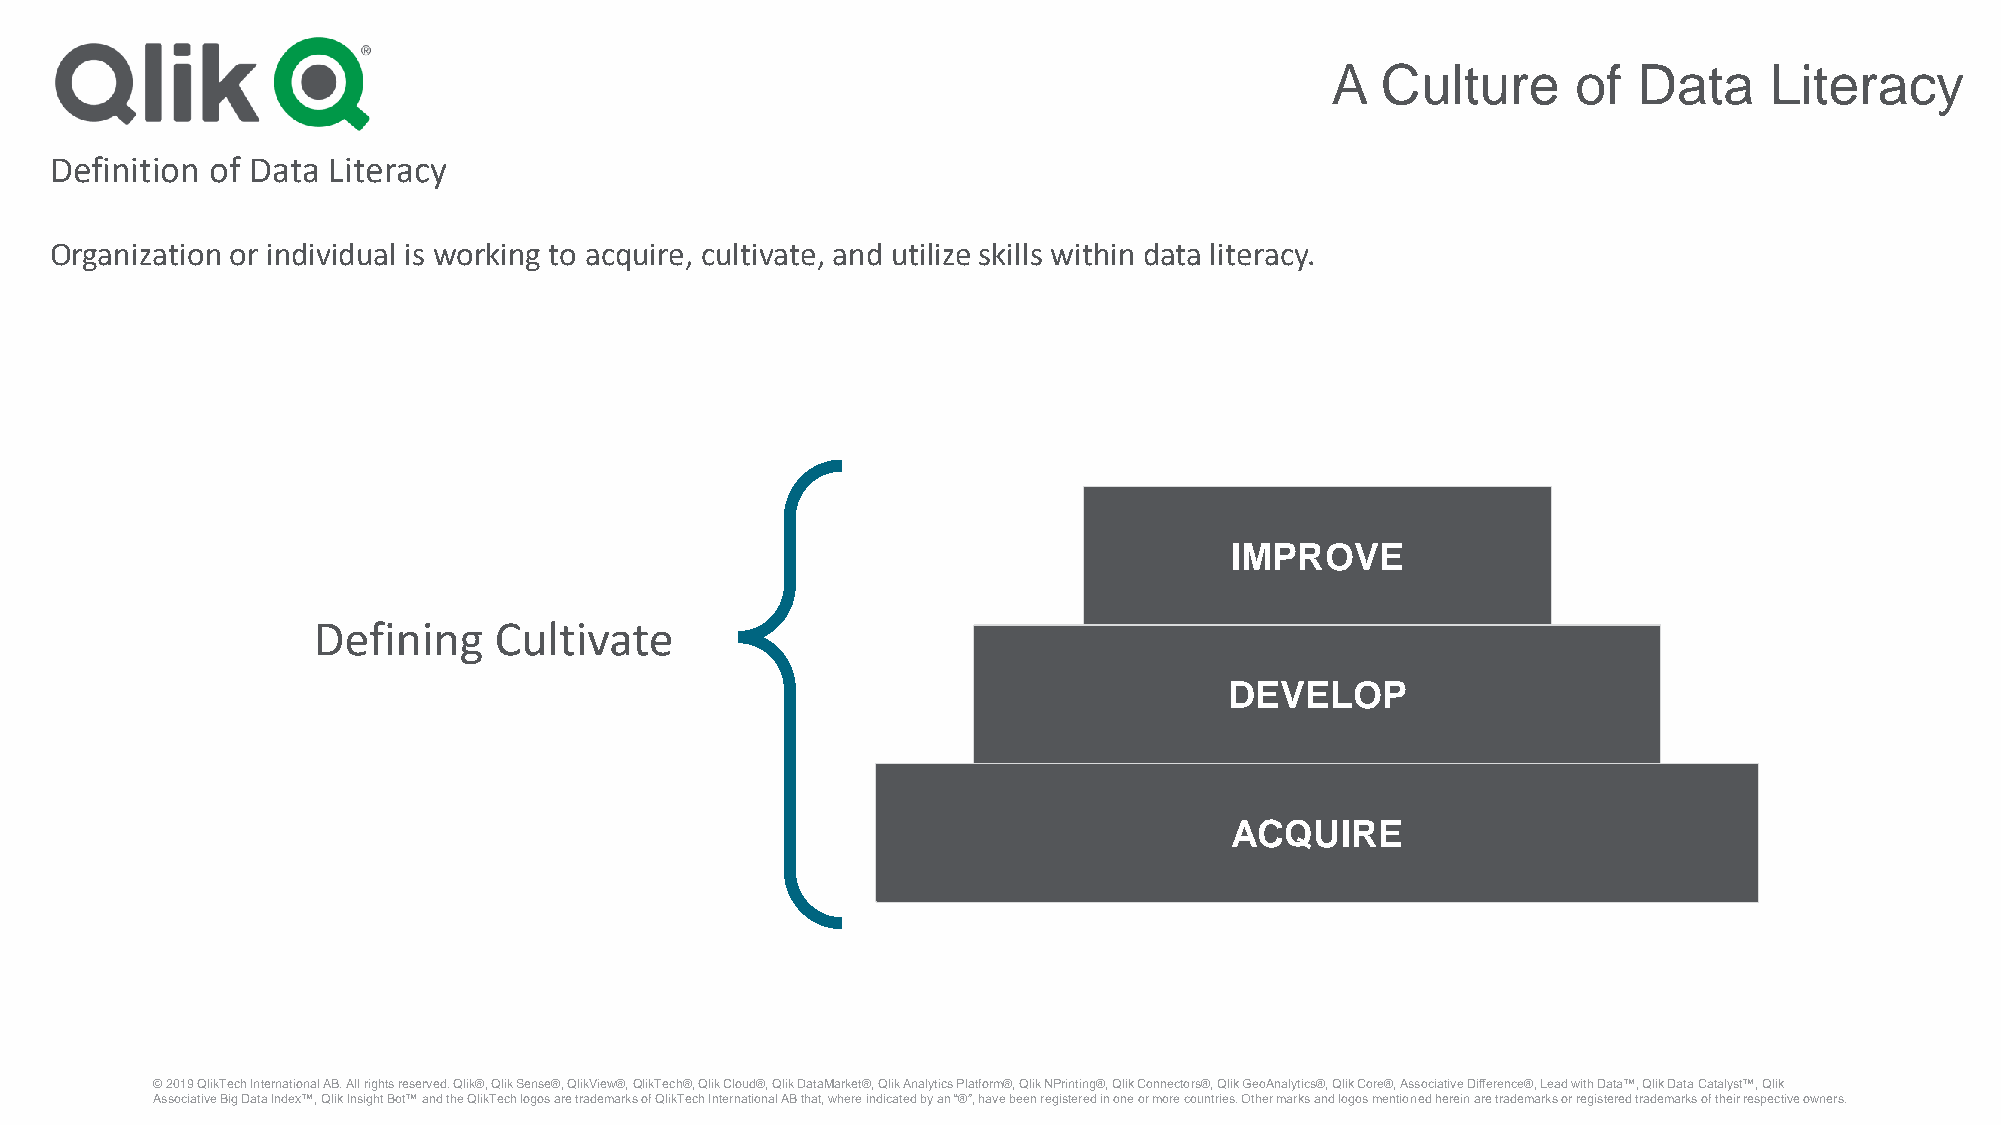
A  Culture      of  Data     Literacy
 Definition of Data Literacy
 Organization or individual is working to acquire, cultivate, and utilize skills within data literacy.
 IMPROVE
 Defining    Cultivate
 DEVELOP
 ACQUIRE
 © 2019 QlikTechInternational AB. All rights reserved. Qlik®, Qlik Sense®, QlikView®, QlikTech®, Qlik Cloud®, Qlik DataMarket®, Qlik Analytics Platform®, Qlik NPrinting®, Qlik Connectors®, Qlik GeoAnalytics®, Qlik Core®, Associative Difference®, Lead with Data™, Qlik Data Catalyst™, Qlik
 Associative Big Data Index™, Qlik Insight Bot™ and the QlikTechlogos are trademarks of QlikTechInternational AB that, where indicated by an “®”, have been registered in one or more countries. Other marks and logos mentioned herein are trademarks or registered trademarks of their respective owners.